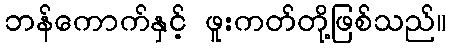
ဘန်ကောက်နှင့် ဖူးကတ်တို့ဖြစ်သည်။